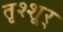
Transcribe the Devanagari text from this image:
तृश्शूर्